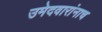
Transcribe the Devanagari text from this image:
उमेदवारांनाच